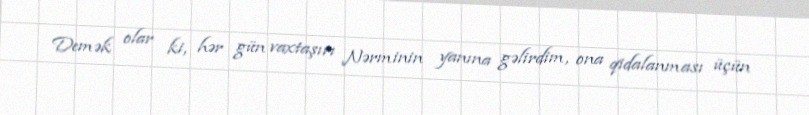
Demək olar ki, hər gün vaxtaşırı Nərminin yanına gəlirdim, ona qidalanması üçün